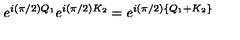
e ^ { i ( \pi / 2 ) Q _ { 1 } } e ^ { i ( \pi / 2 ) K _ { 2 } } = e ^ { i ( \pi / 2 ) \{ Q _ { 1 } + K _ { 2 } \} }